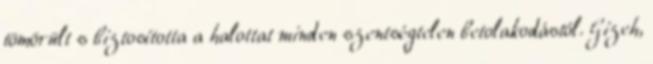
tömörült s biztosította a halottat minden szentségtelen betolakodástól. Gizeh,